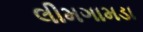
લીમગામડા